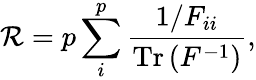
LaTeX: \mathcal{R}=p\sum_{i}^{p}\frac{1/F_{ii}}{\operatorname{Tr}\left(F^{-1}\right)},